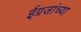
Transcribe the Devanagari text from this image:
ईग्रजांच्या